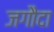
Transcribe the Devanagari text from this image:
जगौदा